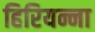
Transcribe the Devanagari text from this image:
हिरियन्ना